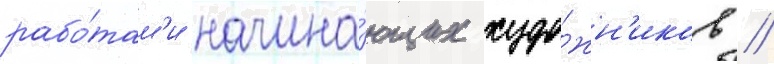
рабо́там'и начина́ющих худо́жн'иков //